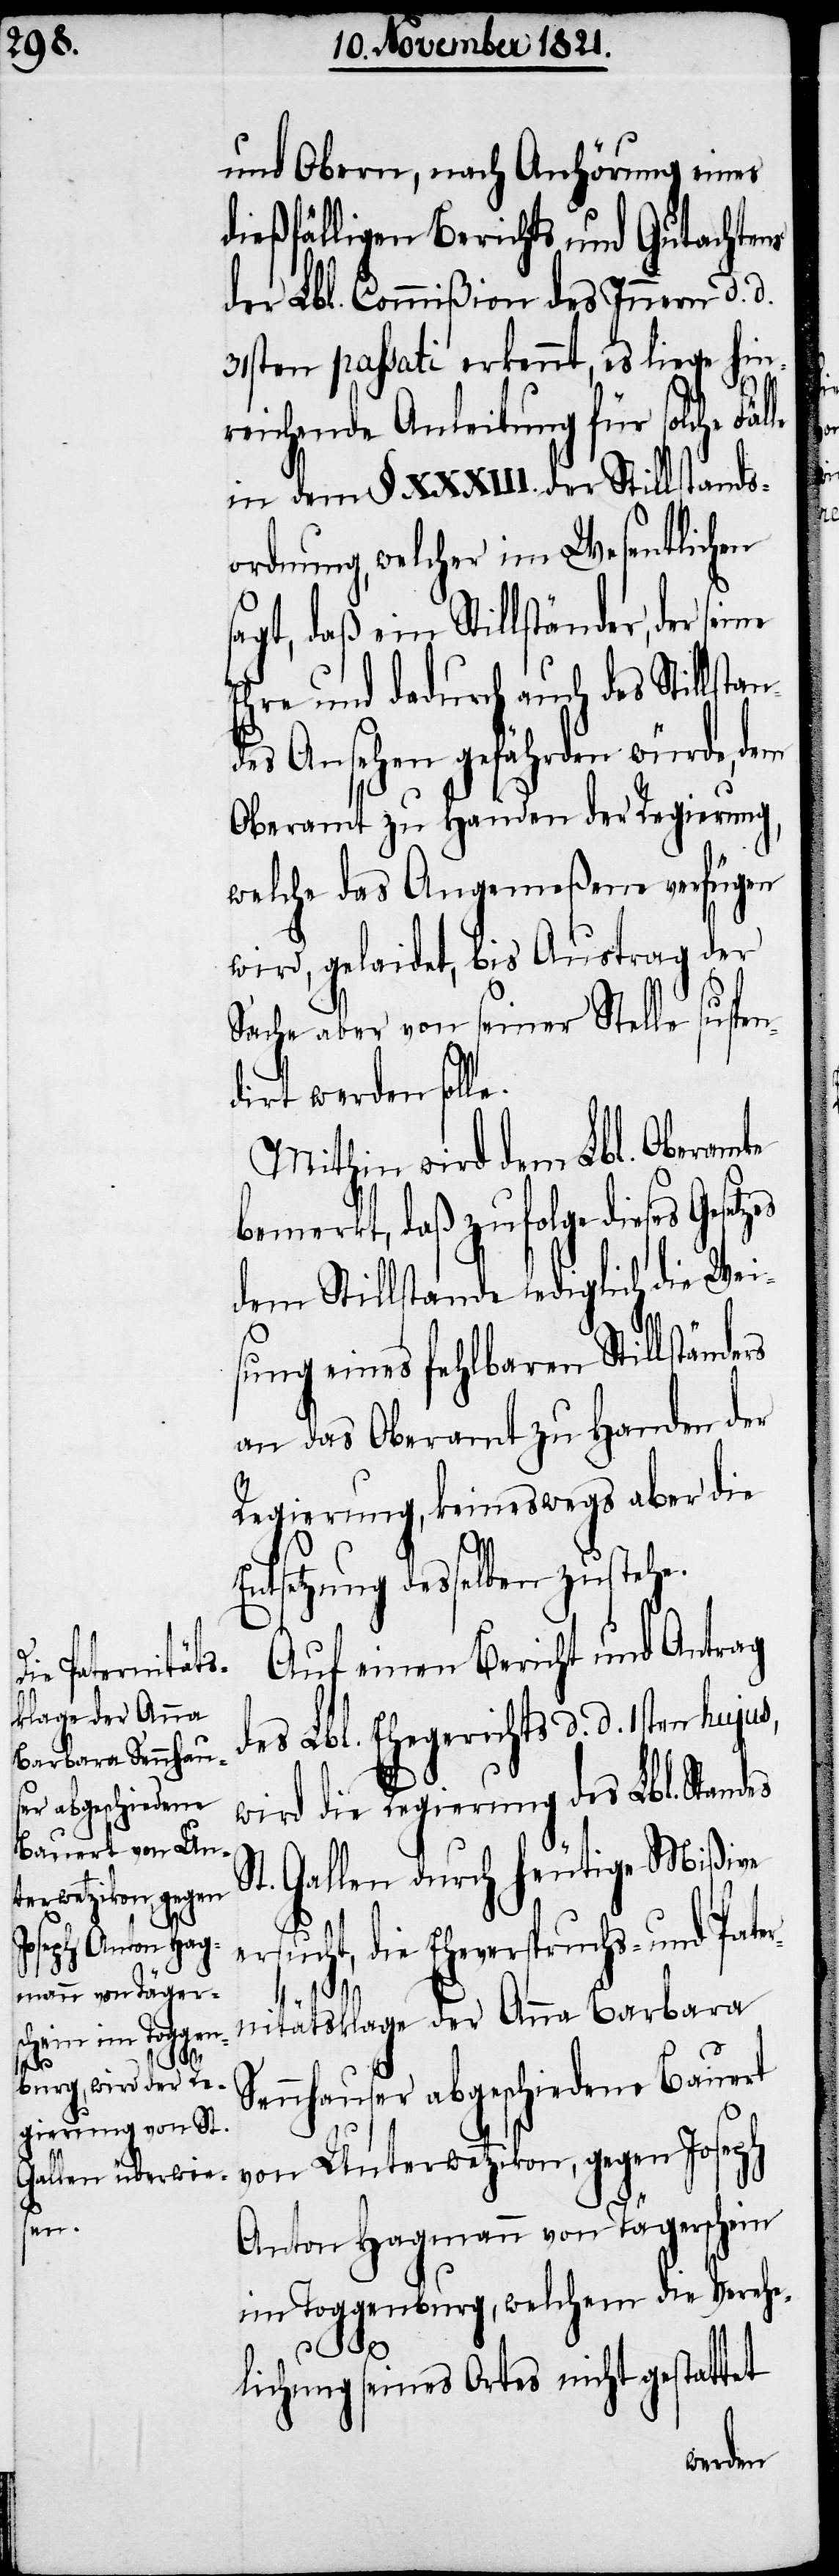
an¬

und Obern, nach Anhörung eines
dießfälligen Berichts und Gutachtens
der Lbl. Commißion des Innern d. d.
31sten passati erkennt, es liege hin¬
reichende Anleitung für solche
in dem §. XXXIII. der Stillstands¬
ordnung, welcher im Wesentlichen
agt, daß ein Stillständer, der
Ehre und dadurch auch des Stillst¬
des Ansehen gefährden würde, dem
Oberamt zu Handen der Regierung,
welche das Angemeßene verfügen
wird, gelaidet, bis Austrag der
Sache aber von seiner Stelle suspe¬
iert werden soll¬
Mithin wird dem Lbl. Oberamte
bemerkt, daß zufolge dieses Geset¬
dem Stillstande lediglich die Wei¬
sung eines fehlbaren Stillstän¬
an das Oberamt zu Handen der
Regierung, keineswegs aber die
nd¬
Entsetzung desselben zustehe.
Auf einen Bericht und Antrag
des Lbl. Ehegerichts d. d. 1sten hujus,
wird die Regierung des Lbl. Stan¬
St. Gallen durch heutige Mißive
ersucht, die Eheverspruchs- und Pate¬
r¬
nitätsklage der Anna Barbara
Sennhauser abgeschiedene Bauert
von Unterwetzikon, gegen Joseph
Anton Hagmann von Tägersheim
im Toggenburg, welchem die Verehe¬
des
lichung seines Ortes nicht gestattet